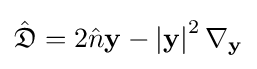
{\hat {\mathfrak {D}}}=2{\hat {n}}\mathbf {y} -\left|\mathbf {y} \right|^{2}\mathbf {\nabla } _{\mathbf {y} }